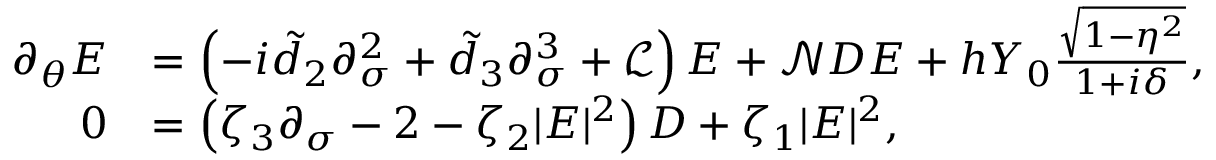
\begin{array} { r l } { \partial _ { \theta } E } & { = \left( - i \tilde { d } _ { 2 } \partial _ { \sigma } ^ { 2 } + \tilde { d } _ { 3 } \partial _ { \sigma } ^ { 3 } + \mathcal { L } \right) E + \mathcal { N } D E + h Y _ { 0 } \frac { \sqrt { 1 - \eta ^ { 2 } } } { 1 + i \delta } , } \\ { 0 } & { = \left( \zeta _ { 3 } \partial _ { \sigma } - 2 - \zeta _ { 2 } | E | ^ { 2 } \right) D + \zeta _ { 1 } | E | ^ { 2 } , } \end{array}